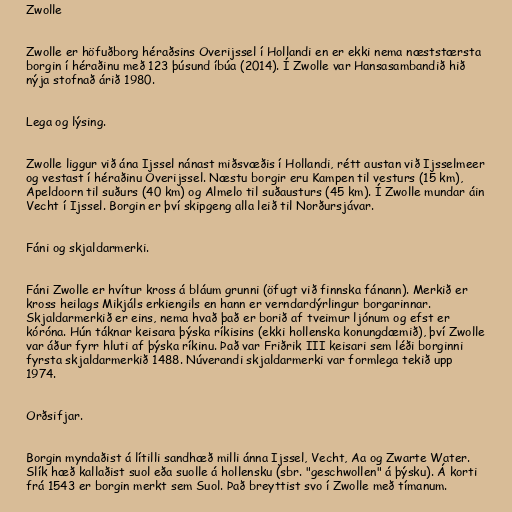
Zwolle

Zwolle er höfuðborg héraðsins Overijssel í Hollandi en er ekki nema næststærsta
borgin í héraðinu með 123 þúsund íbúa (2014). Í Zwolle var Hansasambandið hið
nýja stofnað árið 1980.

Lega og lýsing.

Zwolle liggur við ána Ijssel nánast miðsvæðis í Hollandi, rétt austan við Ijsselmeer
og vestast í héraðinu Overijssel. Næstu borgir eru Kampen til vesturs (15 km),
Apeldoorn til suðurs (40 km) og Almelo til suðausturs (45 km). Í Zwolle mundar áin
Vecht í Ijssel. Borgin er því skipgeng alla leið til Norðursjávar.

Fáni og skjaldarmerki.

Fáni Zwolle er hvítur kross á bláum grunni (öfugt við finnska fánann). Merkið er
kross heilags Mikjáls erkiengils en hann er verndardýrlingur borgarinnar.
Skjaldarmerkið er eins, nema hvað það er borið af tveimur ljónum og efst er
kóróna. Hún táknar keisara þýska ríkisins (ekki hollenska konungdæmið), því Zwolle
var áður fyrr hluti af þýska ríkinu. Það var Friðrik III keisari sem léði borginni
fyrsta skjaldarmerkið 1488. Núverandi skjaldarmerki var formlega tekið upp
1974.

Orðsifjar.

Borgin myndaðist á lítilli sandhæð milli ánna Ijssel, Vecht, Aa og Zwarte Water.
Slík hæð kallaðist suol eða suolle á hollensku (sbr. "geschwollen" á þýsku). Á korti
frá 1543 er borgin merkt sem Suol. Það breyttist svo í Zwolle með tímanum.